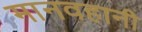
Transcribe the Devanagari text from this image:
मानवहानी